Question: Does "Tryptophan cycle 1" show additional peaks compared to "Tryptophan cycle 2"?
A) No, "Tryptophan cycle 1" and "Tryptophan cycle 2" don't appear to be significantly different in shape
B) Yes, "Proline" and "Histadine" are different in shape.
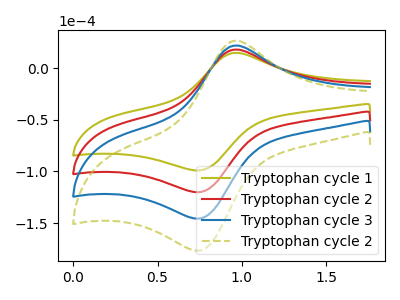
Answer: <think>The olive curve "Tryptophan cycle 1" has an anodic peak at (0.95V, 15.00uA) and a cathodic peak at (0.75V, -98.85uA). The red curve "Tryptophan cycle 2" has an anodic peak at (0.95V, 18.20uA) and a cathodic peak at (0.75V, -119.90uA). The blue curve "Tryptophan cycle 3" has an anodic peak at (0.95V, 36.35uA) and a cathodic peak at (0.75V, -239.80uA). The olive dashed curve "Tryptophan cycle 2" has an anodic peak at (0.95V, 54.55uA) and a cathodic peak at (0.75V, -359.70uA).
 All the peaks in "Tryptophan cycle 1" have a peak in "Tryptophan cycle 2" at the same potential. Every peak in "Tryptophan cycle 1" is lower than every peak in "Tryptophan cycle 2".</think>
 <answer>A) No, "Tryptophan cycle 1" and "Tryptophan cycle 2" don't appear to be significantly different in shape</answer>
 <eval>A</eval>